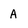
Character: A